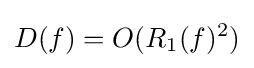
D(f)=O(R_{1}(f)^{2})